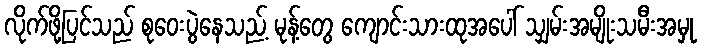
လိုက်ဖို့ပြင်သည် စုဝေးပွဲနေသည့် မုန့်တွေ ကျောင်းသားထုအပေါ် သျှမ်းအမျိုးသမီးအမှု